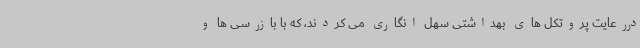
دررعایت پروتکل های بهداشتی سهل انگاری می کردند، که با بازرسی ها و